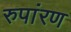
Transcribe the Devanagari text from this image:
रुपांरण